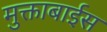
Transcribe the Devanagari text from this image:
मुक्ताबाईस